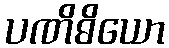
ပဏိဓိယော